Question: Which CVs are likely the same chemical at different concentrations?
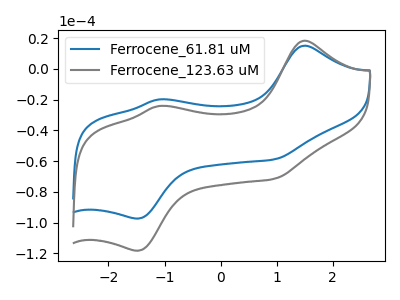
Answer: <think>The blue curve "Ferrocene_61.81 uM" has anodic peaks at (1.50V, 15.05uA) (-1.10V, -19.90uA) and cathodic peaks at (0.95V, -58.90uA) (-1.50V, -97.35uA). The gray curve "Ferrocene_123.63 uM" has anodic peaks at (1.50V, 18.25uA) (-1.10V, -24.15uA) and cathodic peaks at (0.95V, -71.55uA) (-1.50V, -118.25uA).
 All the peaks in "Ferrocene_61.81 uM" have a peak in "Ferrocene_123.63 uM" at the same potential.</think>
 <answer>"Ferrocene_61.81 uM" and "Ferrocene_123.63 uM" have the same shape and are likely CV's of the same chemical.</answer>
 <eval>"Ferrocene_61.81 uM" "Ferrocene_123.63 uM"</eval>